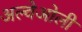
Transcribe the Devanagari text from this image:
अल्वेओली